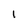
Character: 1